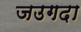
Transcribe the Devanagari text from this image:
जउगदा